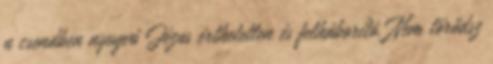
a csendben nyugvó Jézus érthetetlen és felháborító. Nem törődsz